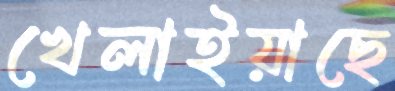
খেলাইয়াছে